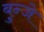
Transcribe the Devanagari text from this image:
बुन्जे